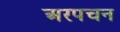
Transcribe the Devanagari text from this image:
अरपचन